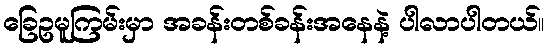
ခြေဥမူကြမ်းမှာ အခန်းတစ်ခန်းအနေနဲ့ ပါလာပါတယ်။